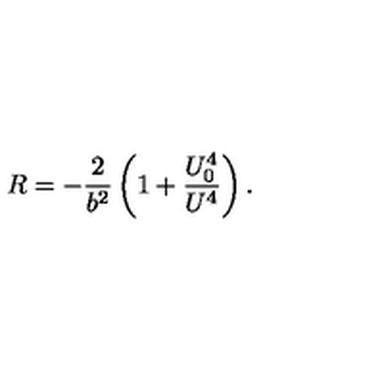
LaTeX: R = - { \frac { 2 } { b ^ { 2 } } } \left( 1 + { \frac { U _ { 0 } ^ { 4 } } { U ^ { 4 } } } \right) .